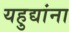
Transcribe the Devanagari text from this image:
यहुद्यांना